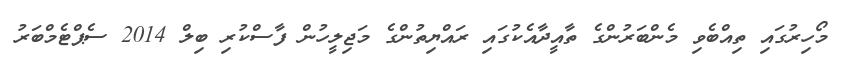
މޯހިރުގައި ތިއްބެވި މެންބަރުންގެ ތާއީދާއެކުގައި ރައްޔިތުންގެ މަޖިލީހުން ފާސްކުރި ބިލް 2014 ސެޕްޓެމްބަރު